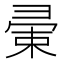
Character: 𢑤